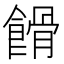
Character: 餶